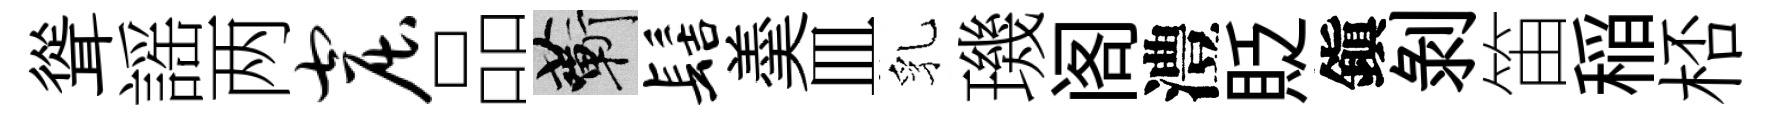
聳謡两窟品蔪髻羮皿乳璣阁澧貶鎭剝笛稲桮